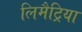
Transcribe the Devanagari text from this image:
लिमैट्रिया